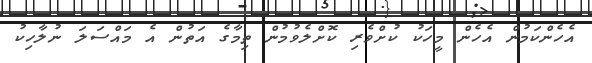
އެހެންކަމުން އެހެން މީހަކު ކުށްވެރި ކޮށްލެވުމުން ތިމާގެ އަތުން އެ މައްސަލަ ނުލާހިކު